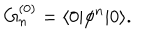
LaTeX: G _ { n } ^ { ( 0 ) } = \langle 0 | \phi ^ { n } | 0 \rangle .